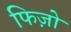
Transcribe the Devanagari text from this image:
फिज़ो